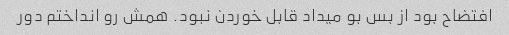
افتضاح بود از بس بو میداد قابل خوردن نبود. همش رو انداختم دور